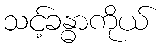
သင့်ခန္ဓာကိုယ်